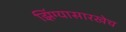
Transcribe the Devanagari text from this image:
झिंग्यासारखेच